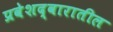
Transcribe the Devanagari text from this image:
प्रवेशद्वारातील